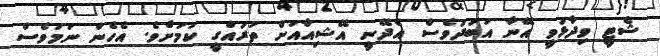
ޝެޓީ ވިދާޅުވީ އޭނާ އަބަދުވެސް އެދޭނީ އޭޝިއާއަށް ތަރައްގީ ކަމަށެވެ. އެހެން ނަމަވެސް